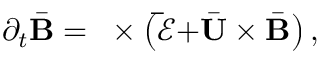
\partial _ { t } \bar { \mathbf { B } } = \mathbf { \nabla } \times \left( \mathbf { \bar { \boldsymbol { \mathcal { E } } } + } \bar { \mathbf { U } } \times \bar { \mathbf { B } } \right) ,